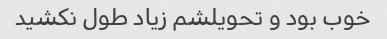
خوب بود و تحویلشم زیاد طول نکشید